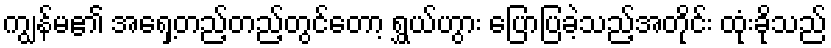
ကျွန်မ၏ အရှေ့တည့်တည့်တွင်တော့ ရွှယ်ဟွား ပြောပြခဲ့သည့်အတိုင်း ထုံးခိုသည်